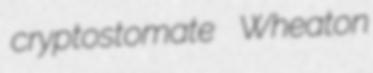
cryptostomate Wheaton